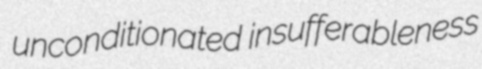
unconditionated insufferableness